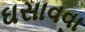
ઘસાવવા